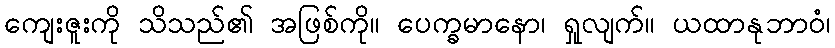
ကျေးဇူးကို သိသည်၏ အဖြစ်ကို။ ပေက္ခမာနော၊ ရှုလျက်။ ယထာနုဘာဝံ၊